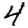
Digit: 4